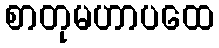
စာတုမဟာပထေ